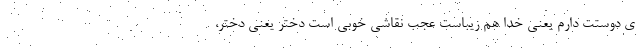
ی دوستت دارم یعنی خدا هم زیباست عجب نقاشی خوبی است دختر یعنی دختر،